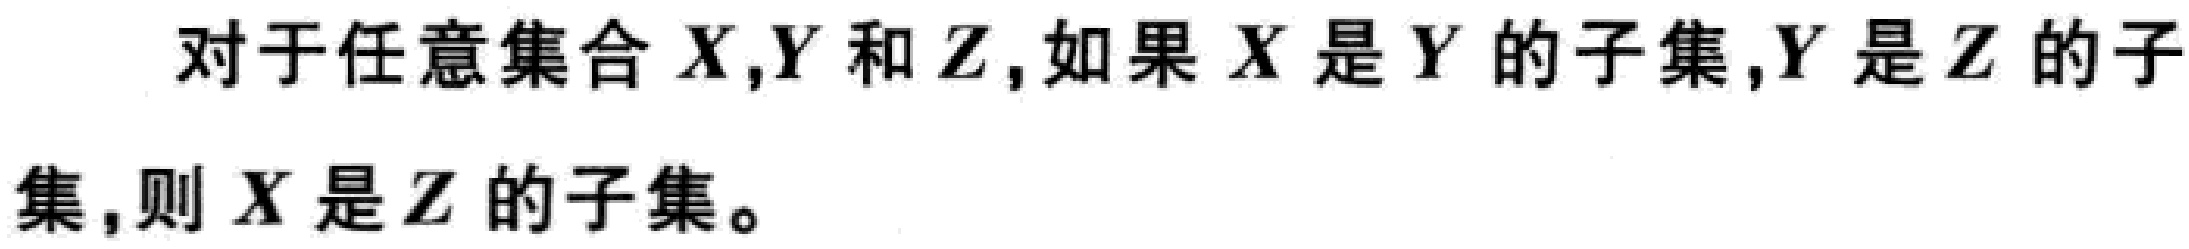
对于任意集合 \(X,Y\) 和 \(Z\)，如果 \(X\) 是 \(Y\) 的子集，\(Y\) 是 \(Z\) 的子集，则 \(X\) 是 \(Z\) 的子集。